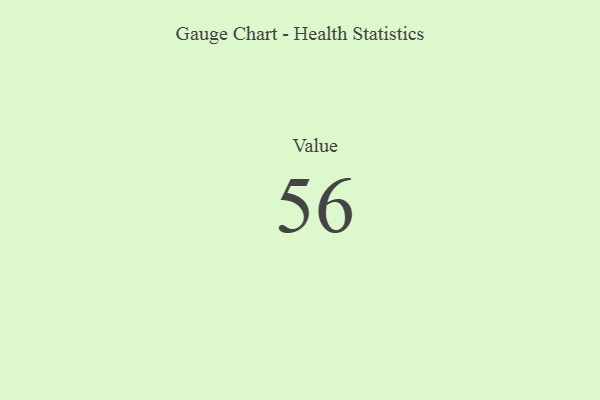
{"axis": {"x": "Metric", "y": "Value"}, "legend": [""], "data": [{"x": "Value", "y": 56, "type": ""}]}